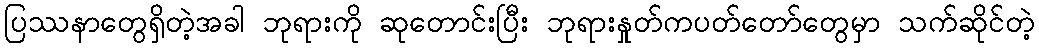
ပြဿနာတွေရှိတဲ့အခါ ဘုရားကို ဆုတောင်းပြီး ဘုရားနှုတ်ကပတ်တော်တွေမှာ သက်ဆိုင်တဲ့